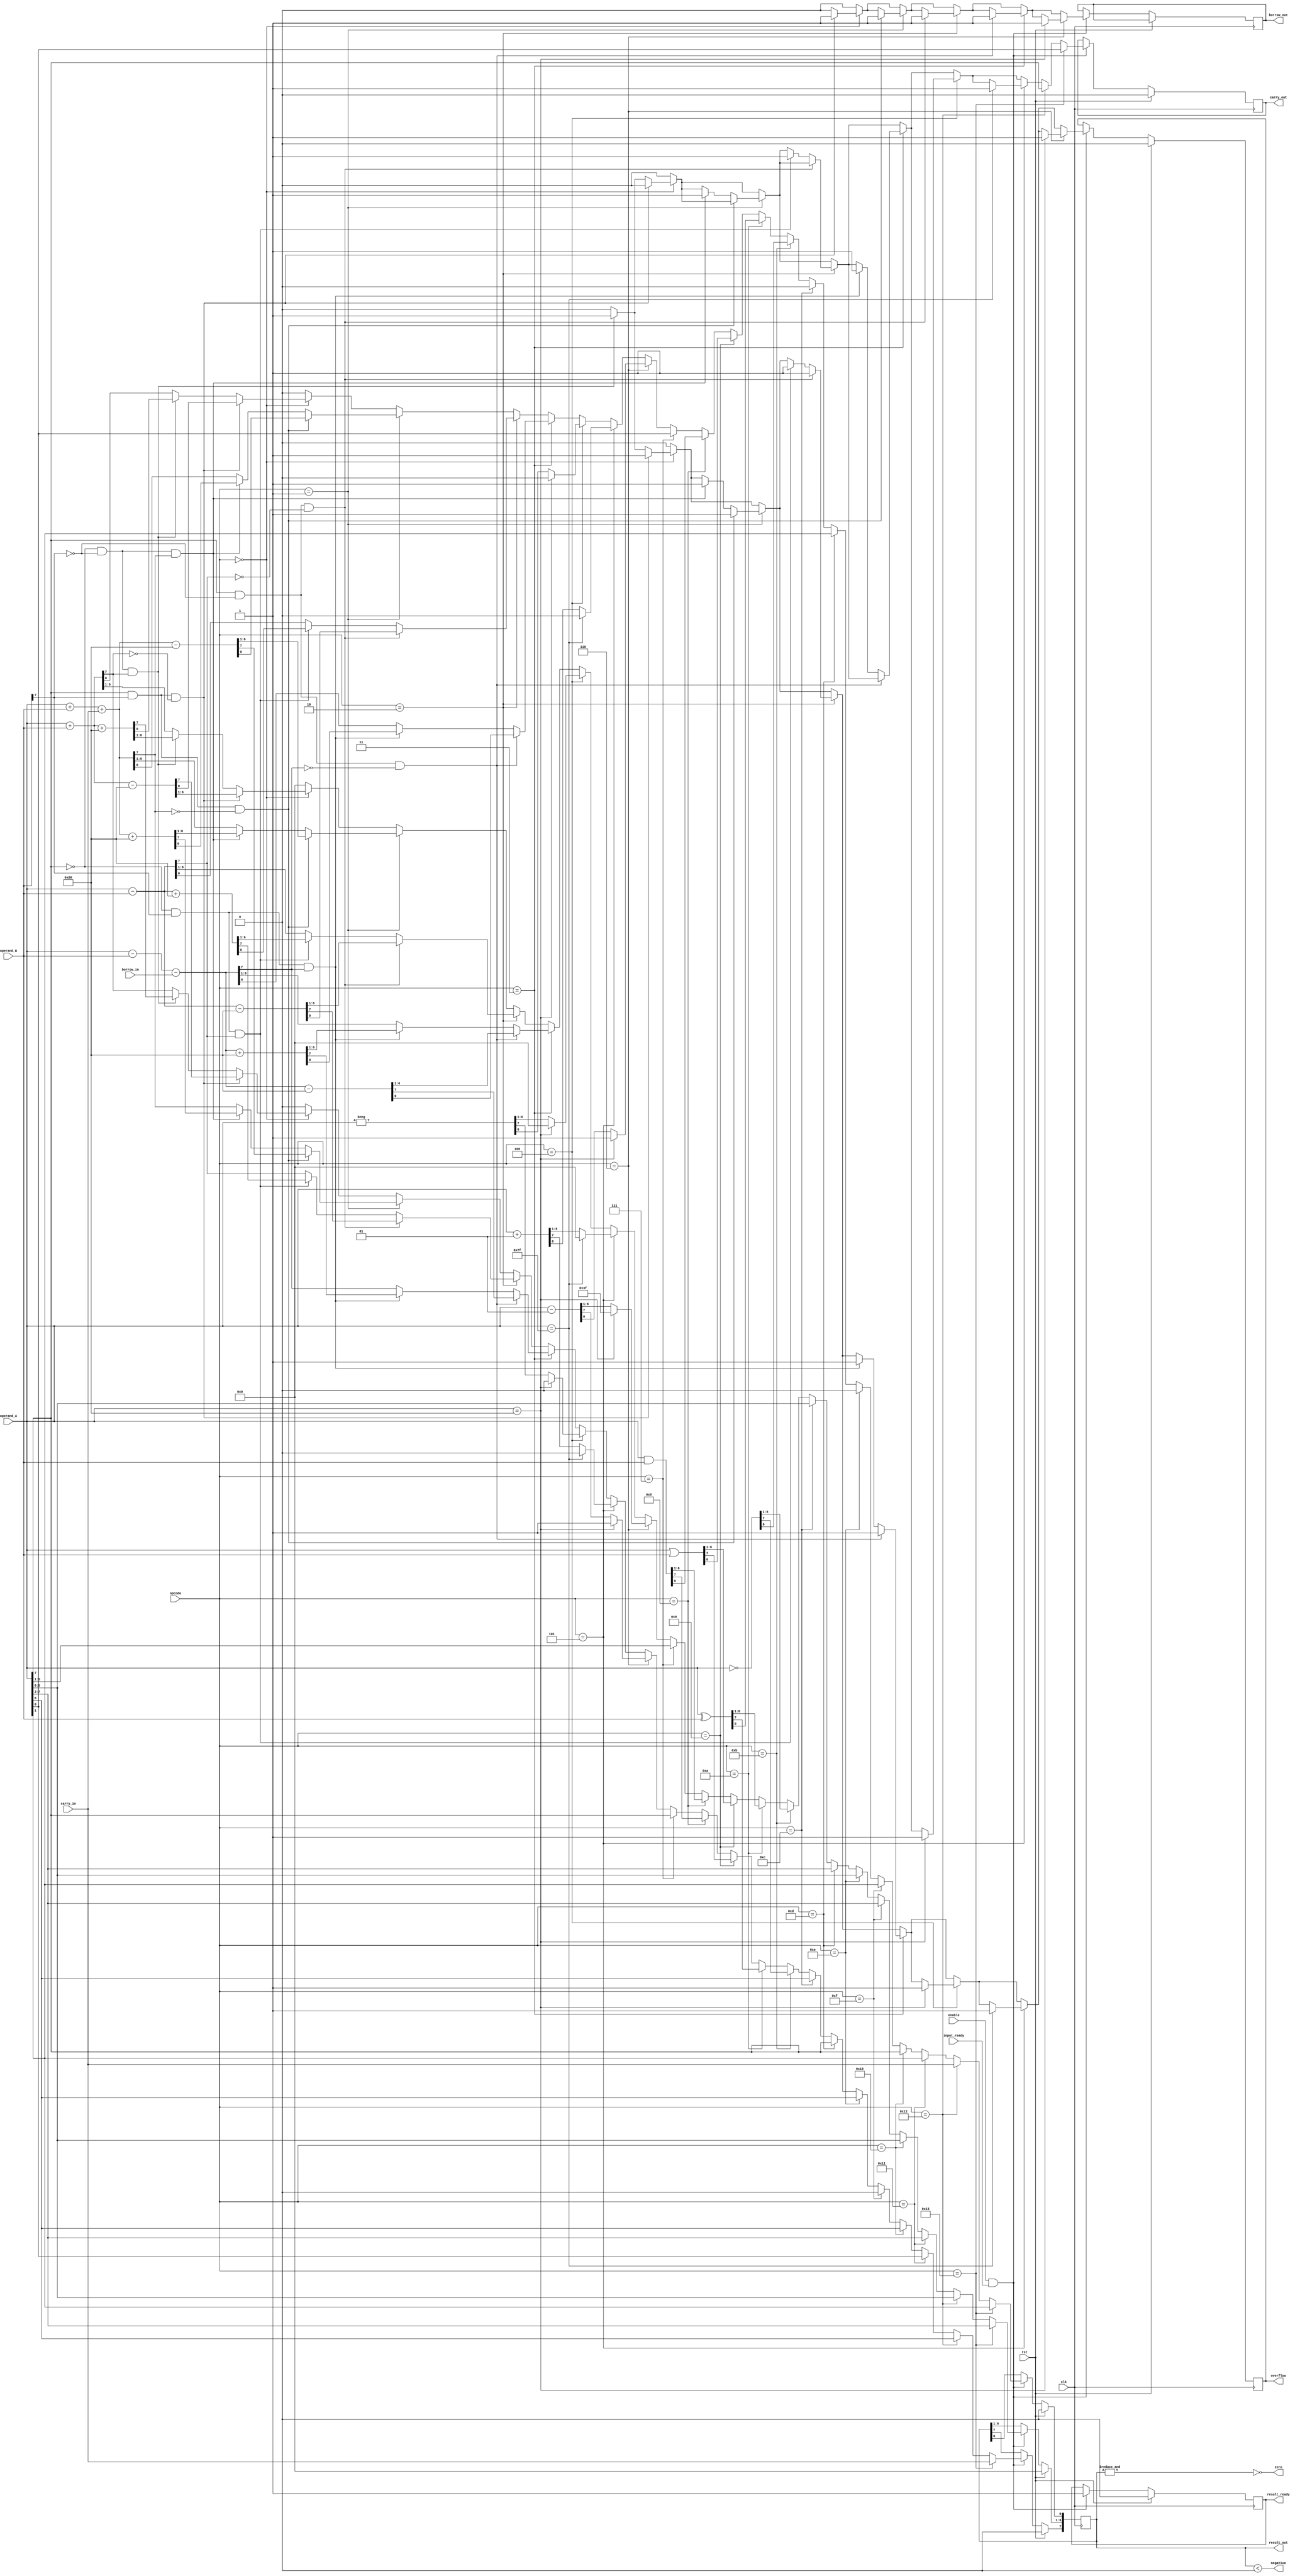
`define ADD 0
`define CADD 1
`define SUB 2
`define BSUB 3
`define NEG 4
`define INC 5
`define DEC 6
`define PASS 7
`define AND 8
`define OR 9
`define XOR 10
`define COMP 11
`define L_ARITH_SHIFT 12
`define R_ARITH_SHIFT 13
`define L_LOG_SHIFT 14
`define R_LOG_SHIFT 15
`define L_ROT 16
`define R_ROT 17
`define L_CROT 18
`define R_CROT 19

module alu
(
  input clk,
  input [4:0] opcode,
  input signed [7:0] operand_A,
  input signed [7:0] operand_B,
  input enable,
  input input_ready,
  input carry_in,
  input borrow_in,
  input rst,
  output reg signed [7:0] result_out,
  output reg borrow_out,
  output reg result_ready,
  output reg carry_out,
  output zero,
  output negative,
  output reg overflow
);

  
  reg signed [7:0] temp;

  reg finished;
  reg running;

  assign zero = ~(&(result_out));
  assign negative = (result_out < 0);  

  always@( posedge clk)
    begin
      if(rst)
        begin
          carry_out <= 0;
          result_ready <= 0;
          result_out <= 0;
          overflow <= 0;
          finished <= 1;
          running <= 0;
        end
      else
        begin
          if(enable && input_ready)
            begin
              result_ready <= 0;
              overflow <= 0;
              result_out <= 0;
              carry_out <= 0;
              borrow_out <= 0;
              
              if(opcode == 0)
                begin
                  temp = operand_A+operand_B;
                  if(operand_A[7]==1 && operand_B[7]==1 && temp[7]==0)
                    begin
                      borrow_out <= 1;
                      result_out <= temp-128;
                      overflow <= 1;
                    end
                  
                  else if(operand_A[7]==0 && operand_B[7]==0 && temp[7]==1)
                    begin
                      carry_out <= 1;
                      // tmp = operand_A + operand_B;
                      result_out <= temp+128;
                      overflow <= 1;
                    end
                  else
                    result_out <= temp;                  

                end
              
              if(opcode == 1)
                begin
                  // $display("In alu operand_A : %d, sum : %d", operand_A, operand_A + operand_B + carry_in );
                  temp = operand_A+operand_B+carry_in;
                  if(operand_A[7]==1 && operand_B[7]==1 && temp[7]==0)
                    begin
                      borrow_out <= 1;
                      result_out <= temp-128;
                      overflow <= 1;
                    end
                  
                  else if(operand_A[7]==0 && operand_B[7]==0 && temp[7]==1)
                    begin
                      carry_out <= 1;
                      // tmp = operand_A + operand_B;
                      result_out <= temp+128;
                      overflow <= 1;
                    end
                  else
                    result_out <= temp;
                end
              
              if(opcode == 2)
                begin
                  // $display("In alu operand_A : %d, sum : %d", operand_A, $signed(operand_A - operand_B));
                  temp = operand_A - operand_B;
                  if(operand_A[7]==1 && operand_B[7]==0 && temp[7]==0)
                    begin
                      // $display("In <-127");
                      borrow_out <= 1;
                      result_out <= temp-128;
                      overflow <= 1;
                    end
                  // operand_A[7]==0 && operand_B[7]==1 && temp[7]==0
                  else if(operand_A[7]==0 && operand_B[7]==1 && temp[7]==1)
                    begin
                      // $display("In >127");
                      carry_out <= 1;
                      result_out <= temp+128;
                      overflow <= 1;
                    end
                  else
                    result_out <= temp;

                end
              
              if(opcode == 3)
                begin
                  // $display("In alu operand_A : %d, sum : %d", operand_A, operand_A - operand_B - carry_in );
                  temp = operand_A - operand_B - borrow_in;
                  if(operand_A[7]==1 && operand_B[7]==0 && temp[7]==0)
                    begin
                      // $display("In <-127");
                      borrow_out <= 1;
                      result_out <= temp-128;
                      overflow <= 1;
                    end
                  // operand_A[7]==0 && operand_B[7]==1 && temp[7]==0
                  else if(operand_A[7]==0 && operand_B[7]==1 && temp[7]==1)
                    begin
                      // $display("In >127");
                      carry_out <= 1;
                      result_out <= temp+128;
                      overflow <= 1;
                    end
                  else
                    result_out <= temp;

                end
              
              if(opcode == 4)
                begin
                  if(operand_A==-128)
                    begin
                      carry_out <= 1;
                      result_out <= 0;
                      overflow <= 1;
                    end
                  else
                    result_out <= -operand_A;
                end
              
              if(opcode == 5)
                begin
                  if(operand_A==127)
                    begin
                      carry_out <= 1;
                      result_out <= 0;
                      overflow <= 1;
                    end
                  else
                    result_out <= operand_A + 1;

                end
              
              if(opcode == 6)
                begin
                  if(operand_A == -128)
                    begin
                      borrow_out <= 1;
                      result_out <= -1;
                      overflow <= 1;
                    end
                  else
                    result_out <= operand_A - 1;

                end
              
              if(opcode == 7)
                begin
                  result_out <= operand_A;
                end
              
              if(opcode == 8)
                result_out <= operand_A & operand_B;
              
              if(opcode == 9)
                result_out <= operand_A | operand_B;
              
              if(opcode == 10)
                result_out <= operand_A ^ operand_B;
              
              if(opcode == 11)
                result_out <= ~operand_A;
              
              if(opcode == 12)
                begin
                  result_out[0] <= 0;
                  result_out[7:1] <= operand_A[6:0];
                end
              
              if(opcode == 13)
                begin
                  result_out[7] <= operand_A[7];
                  result_out[6:0] <= operand_A[7:1];
                end
              
              
              if(opcode == 14)
                begin
                  result_out[0] <= 0;
                  result_out[7:1] <= operand_A[6:0];
                end
              
              if(opcode == 15)
                begin
                  result_out[7] <= 0;
                  result_out[6:0] <= operand_A[7:1];
                end
              
              if(opcode == 16)
                begin
                  $display("operand_A : %b", operand_A);
                  result_out[0] <= operand_A[7];
                  result_out[7:1] <= operand_A[6:0];
                  $display("operand_A[7] : %b", operand_A[7]);
                  $display("operand_A[6:0] : %b", operand_A[6:0]);
                  $display("result_out : %b", result_out);
                end
              
              if(opcode == 17)
                begin
                  result_out[7] <= operand_A[0];
                  result_out[6:0] <= operand_A[7:1];
                end
              
              if(opcode == 18)
                begin
                  carry_out <= operand_A[7];
                  result_out[7:1] <= operand_A[6:0];
                  result_out[0] <= carry_in;
                end
              
              if(opcode == 19)
                begin
                  carry_out <= operand_A[0];
                  result_out[7] <= carry_in;
                  result_out[6:0] <= operand_A[7:1];
                end
              result_ready <= 1;
            end
        end
    end

endmodule